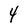
Character: 4